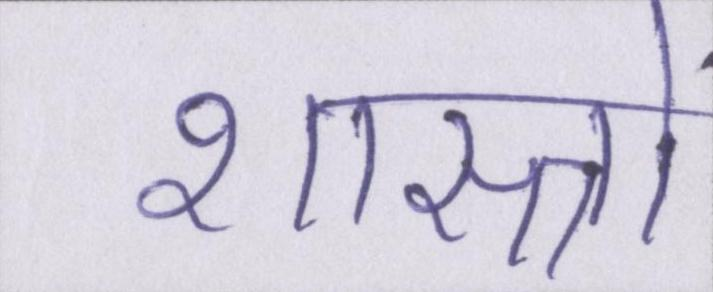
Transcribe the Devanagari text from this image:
शास्त्रों